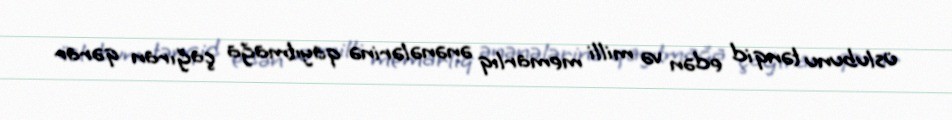
üslubunu tənqid edən və milli memarlıq ənənələrinə qayıtmağa çağıran qərar